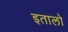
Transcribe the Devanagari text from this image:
इतालो